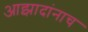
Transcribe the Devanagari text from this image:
आझादांनाच